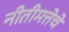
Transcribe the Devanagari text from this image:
नीतीमत्तेचे